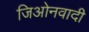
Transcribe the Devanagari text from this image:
जिओनवादी